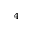
_ 4